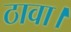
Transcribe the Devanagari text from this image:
ठावा।